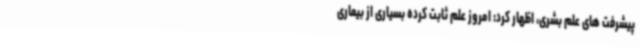
پیشرفت های علم بشری، اظهار کرد: امروز علم ثابت کرده بسیاری از بیماری